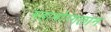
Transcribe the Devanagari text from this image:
महामोग्गलान